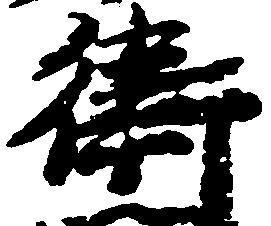
衛